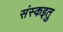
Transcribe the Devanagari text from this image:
संस्कइतु